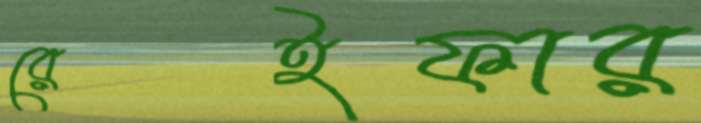
রেইফার